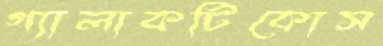
গ্যালাকটিকোস